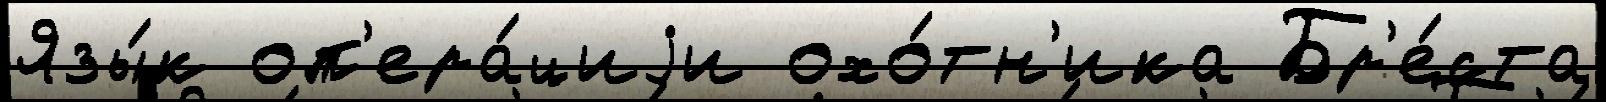
Язы́к оп'ера́циjи охо́тн'ика Бр'е́ста